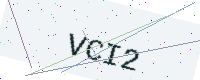
Text: VCI2